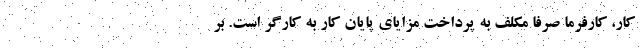
کار، کارفرما صرفا مکلف به پرداخت مزایای پایان کار به کارگر است. بر